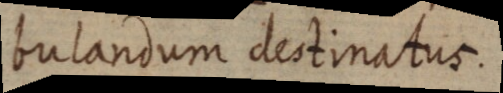
bulandum destinatus.